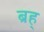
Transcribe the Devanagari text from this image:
ब्रह्